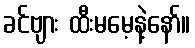
ခင်ဗျား ထီးမမေ့နဲ့နော်။